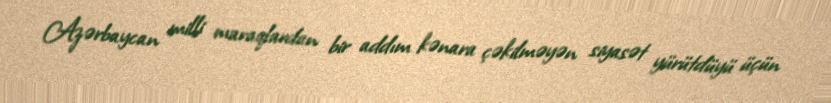
Azərbaycan milli maraqlardan bir addım kənara çəkilməyən siyasət yürütdüyü üçün